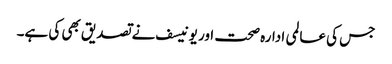
جس کی عالمی ادارہ صحت اور یونیسف نے تصدیق بھی کی ہے۔